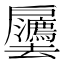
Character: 𫼒